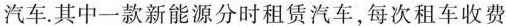
汽车。其中一款新能源分时租赁汽车，每次租车收费